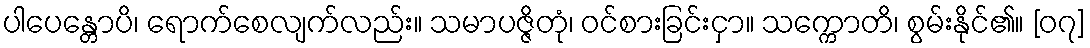
ပါပေန္တောပိ၊ ရောက်စေလျက်လည်း။ သမာပဇ္ဇိတုံ၊ ဝင်စားခြင်းငှာ။ သက္ကောတိ၊ စွမ်းနိုင်၏။ [၀၇]